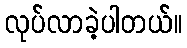
လုပ်လာခဲ့ပါတယ်။